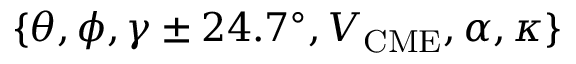
\{ \theta , \phi , \gamma \pm 2 4 . 7 ^ { \circ } , V _ { \mathrm { C M E } } , \alpha , \kappa \}